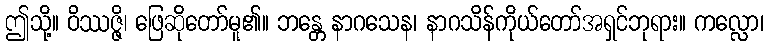
ဤသို့။ ဝိဿဇ္ဇိ၊ ဖြေဆိုတော်မူ၏။ ဘန္တေ နာဂသေန၊ နာဂသိန်ကိုယ်တော်အရှင်ဘုရား။ ကလ္လော၊